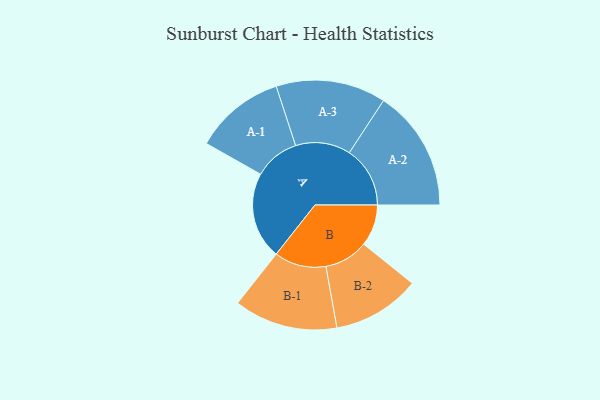
{"axis": {"x": "Segment", "y": "Value"}, "legend": ["", "A", "B"], "data": [{"x": "A", "y": 362, "type": ""}, {"x": "B", "y": 173, "type": ""}, {"x": "A-1", "y": 189, "type": "A"}, {"x": "A-2", "y": 253, "type": "A"}, {"x": "A-3", "y": 229, "type": "A"}, {"x": "B-1", "y": 216, "type": "B"}, {"x": "B-2", "y": 183, "type": "B"}]}